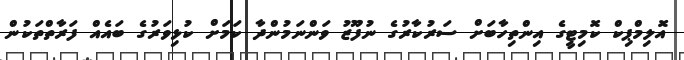
އޮލިމްޕިކް ކޮމިޓީގެ އިންތިހާބަށް ސަރުކާރުގެ ނުފޫޒު ވަންނަމުންދާ ކަމަށް ކުޅިވަރުގެ ބައެއް ފަރާތްތަކުން